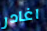
اغادر